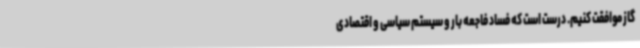
گاز موافقت کنیم. درست است که فساد فاجعه بار و سیستم سیاسی و اقتصادی